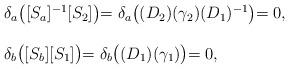
LaTeX: \begin{align*}\left.\begin{array}{l}\delta_a\bigl([S_a]^{-1}[S_2]\bigl)=\delta_a\bigl((D_2)(\gamma_2)(D_1)^{-1}\bigl)=0,\\\\\delta_b\bigl([S_b][S_1]\bigl)=\delta_b\bigl((D_1)(\gamma_1)\bigl)=0,\end{array}\right.\end{align*}